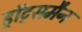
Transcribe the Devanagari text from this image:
ड्रॉट्समैन